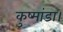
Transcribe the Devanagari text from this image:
कुष्मांडा।